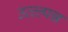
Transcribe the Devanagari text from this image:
उत्त्त्पन्न